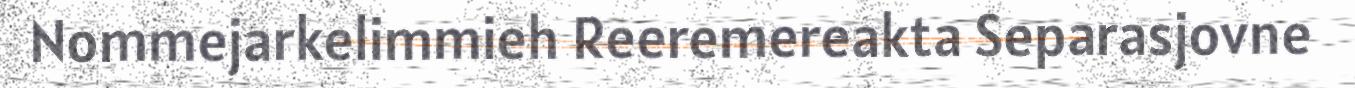
Nommejarkelimmieh Reeremereakta Separasjovne